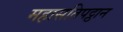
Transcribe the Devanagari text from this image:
महासतिपट्ठान